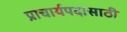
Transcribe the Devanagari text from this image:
प्राचार्यपदासाठी